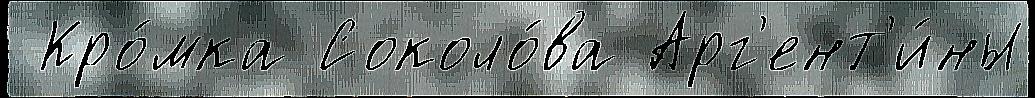
 Кро́мка Соколо́ва Арг'ент'и́ны